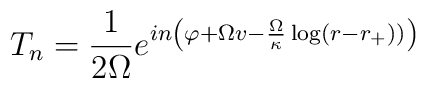
T_{n} = \frac{1}{2 \Omega } e^{in \left( \varphi + \Omega v -\frac{\Omega }{\kappa } \log (r-r_{+}))\right)}